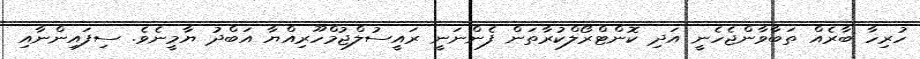
ހުރިހާ ބާރެއް ތަބާވާންޖެހެނީ އަދި ކޮންޓްރޯލްކުރާތަން ފެންނަނީ ރައީސުލްޖުމްހޫރިއްޔާ އަބްދު ޔާމީނެވެ. ސިފައިންނާއި